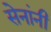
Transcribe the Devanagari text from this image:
सेनांनी